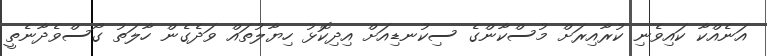
އަނެއްކާ ކައިވެނި ކުރާއިރަށް މުސްކާންގެ ސިކުނޑިއަށް އިދިކޮޅު ހިޔާލުތައް ވަދެގެން ހާލަތު ގޯސްވެދާނެތީ